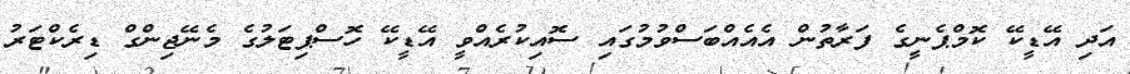
އަދި އޭޑީކޭ ކޮމްޕެނީގެ ފަރާތުން އެއެއްބަސްވުމުގައި ސޮއިކުރެއްވީ އޭޑީކޭ ހޮސްޕިޓަލުގެ މެނޭޖިންގް ޑިރެކްޓަރު